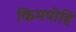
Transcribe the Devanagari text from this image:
किमपीहि